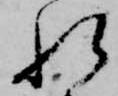
れ